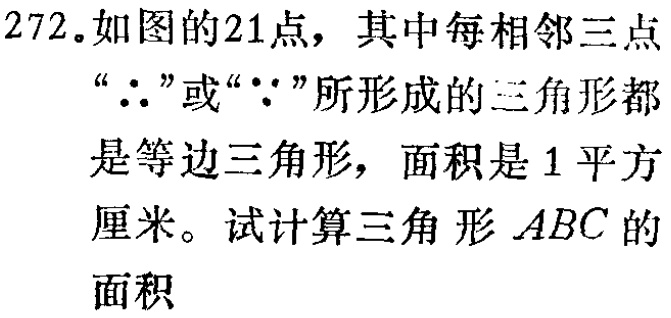
272. 如图的21点，其中每相邻三点“$\therefore$”或“$\because$”所形成的三角形都是等边三角形，面积是1平方厘米。试计算三角形$ABC$的面积